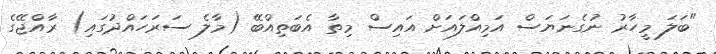
"ބަލަ މީހާރު ނުގެނަޔަސް އަމިއްލައަށް އައިސް މިތާ އެބަތިއްބޭ (މާލެ ސަރަހައްދުގައި) ރާއްޖޭގެ